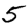
Digit: 5